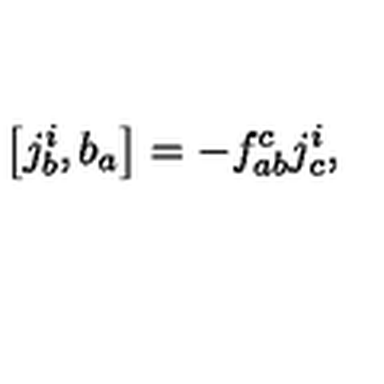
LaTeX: \left[ j _ { b } ^ { i } , b _ { a } \right] = - f _ { a b } ^ { c } j _ { c } ^ { i } ,